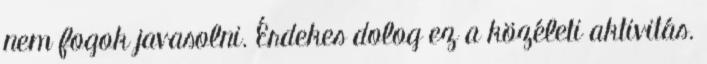
nem fogok javasolni. Érdekes dolog ez a közéleti aktivitás.